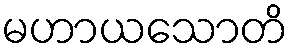
မဟာယသောတိ